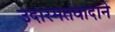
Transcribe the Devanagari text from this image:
उदारमतवादाने